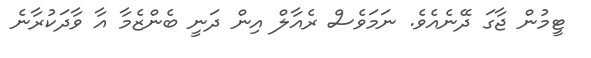
ޓީމުން ޖާގަ ދޭނެއެވެ. ނަމަވެސް ރެއާލް އިން ދަނީ ބެންޒެމާ އާ ވާދަކުރާނެ